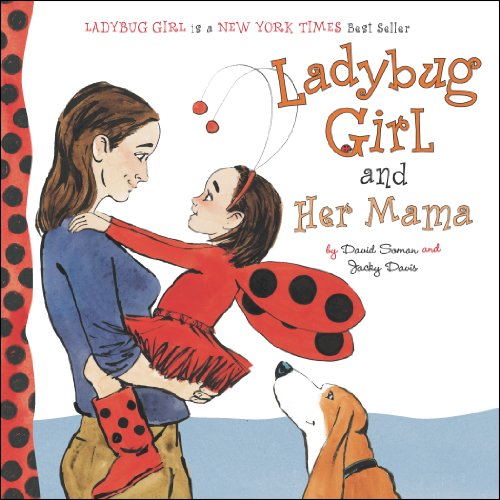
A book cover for Ladybug Girl and Her Mama; Jacky Davis; Children's Books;